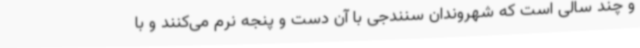
و چند سالی است که شهروندان سنندجی با آن دست و پنجه نرم می‌کنند و با